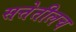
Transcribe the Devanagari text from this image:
सत्तेतीलच